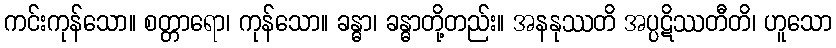
ကင်းကုန်သော။ စတ္တာရော၊ ကုန်သော။ ခန္ဓာ၊ ခန္ဓာတို့တည်း။ အနနုဿတိ အပ္ပဋိဿတီတိ၊ ဟူသော